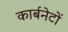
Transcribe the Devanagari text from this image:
कार्बनेटों